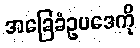
အခြေခံဥပဒေကို